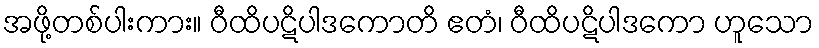
အဖို့တစ်ပါးကား။ ဝီထိပဋိပါဒကောတိ ဧတံ၊ ဝီထိပဋိပါဒကော ဟူသော